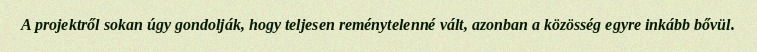
A projektről sokan úgy gondolják, hogy teljesen reménytelenné vált, azonban a közösség egyre inkább bővül.